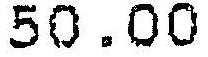
50.00